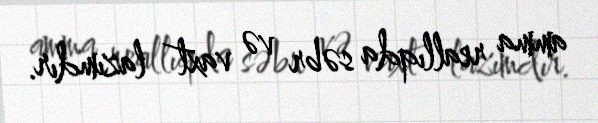
amma reallıqda səbr və vaxt lazımdır.